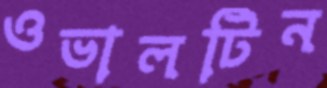
ওভালটিন